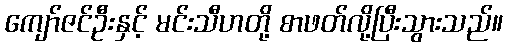
ကျော်ဇင်ဦးနှင့် မင်းသီဟတို့ စာဖတ်လို့ပြီးသွားသည်။